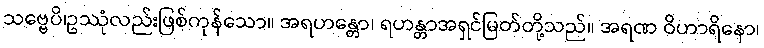
သဗ္ဗေပိ၊ဥဿုံလည်းဖြစ်ကုန်သော။ အရဟန္တော၊ ရဟန္တာအရှင်မြတ်တို့သည်။ အရဏ ဝိဟာရိနော၊